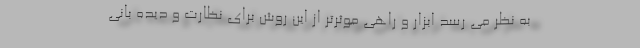
به نظر می رسد ابزار و راهی موثرتر از این روش برای نظارت و دیده بانی